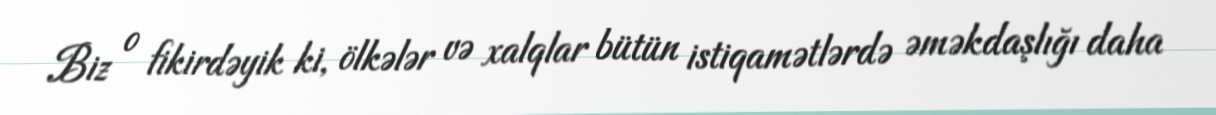
Biz o fikirdəyik ki, ölkələr və xalqlar bütün istiqamətlərdə əməkdaşlığı daha